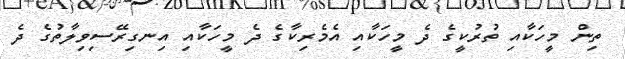
ތިން މީހަކާއި ތުރުކީގެ ދެ މީހަކާއި އެމެރިކާގެ ދެ މީހަކާއި އިނގިރޭސިވިލާތުގެ ދެ